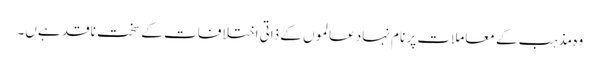
وہ مذہب کے معاملات پر نام نہاد عالموں کے ذاتی اختلافات کے سخت ناقد ہےں۔